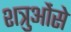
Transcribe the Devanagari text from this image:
शत्रुओंसे